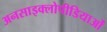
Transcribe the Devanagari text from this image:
अनसाइक्लोपीडियाओं